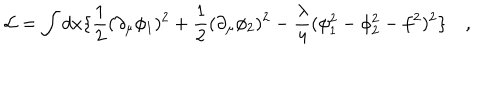
\mathcal { L } = \int d x \{ \frac { 1 } { 2 } ( \partial _ { \mu } \phi _ { 1 } ) ^ { 2 } + \frac { 1 } { 2 } ( \partial _ { \mu } \phi _ { 2 } ) ^ { 2 } - \frac { \lambda } { 4 } ( \phi _ { 1 } ^ { 2 } - \phi _ { 2 } ^ { 2 } - f ^ { 2 } ) ^ { 2 } \} \quad ,